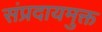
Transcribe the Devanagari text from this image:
संप्रदायमुक्त